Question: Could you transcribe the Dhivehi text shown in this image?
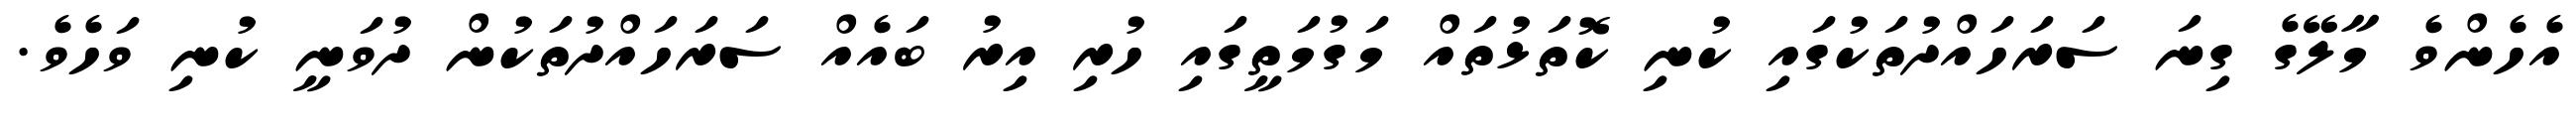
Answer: އެހެންވެ މާލޭގެ ގިނަ ސަރަހައްދުތަކުގައި ކުނި ކޮތަޅުތައް މަގުމަތީގައި ހުރި އިރު ބައެއް ސަރަހައްދުތަކުން ދުވަނީ ކުނި ވަހެވެ.